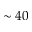
\sim 4 0